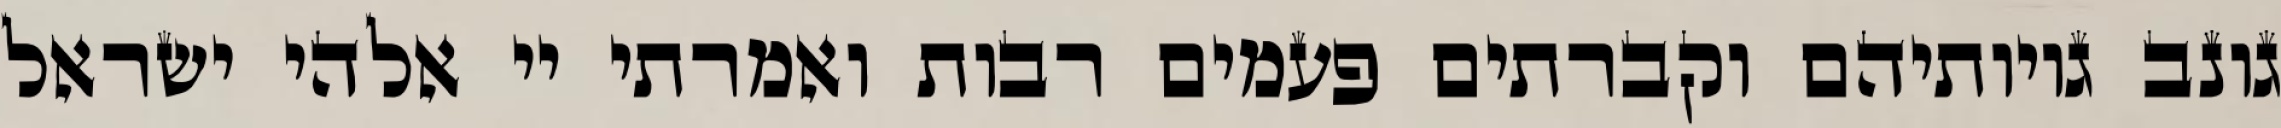
גונב גויותיהם וקברתים פעמים רבות ואמרתי יי אלהי ישראל